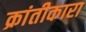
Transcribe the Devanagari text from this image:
क्रांतीकारा